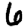
Digit: 6